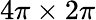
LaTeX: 4\pi\times 2\pi